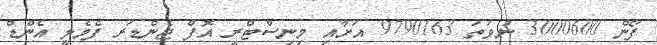
ފޯން 3000600 ނުވަތަ 9790163 އަށާއި މިނިސްޓްރީ އޮފް ޖެންޑަރ ފެމެލީ އެންޑް